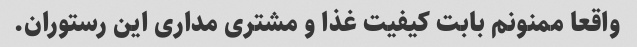
واقعا ممنونم بابت کیفیت غذا و مشتری مداری این رستوران.